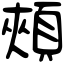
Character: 頰